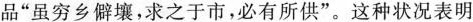
品”虽穷乡僻壤，求之于市，必有所供”。这种状况表明